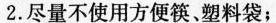
2.尽量不使用方便筷、塑料袋；